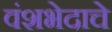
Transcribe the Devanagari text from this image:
वंशभेदाचे